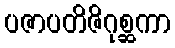
ပဇာပတိဇိဂုစ္ဆကာ